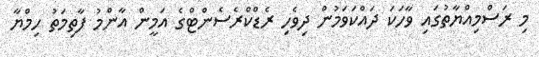
މި ރަސްމިއްޔާތުގައި ވާހަކަ ދައްކަވަމުން ދިވެހި ރެޑްކްރެސެންޓްގެ އަމީން އާންމު ފާތިމަތު ހިމްޔާ